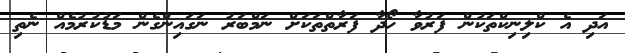
އަދި އެ ކްލިނިކްތަކުން ފަރުވާ ހޯދާ ފަރާތްތަކަށް ނަމްބަރު ނަގައިންގެން މަޑުކުރުމެއް ނެތި